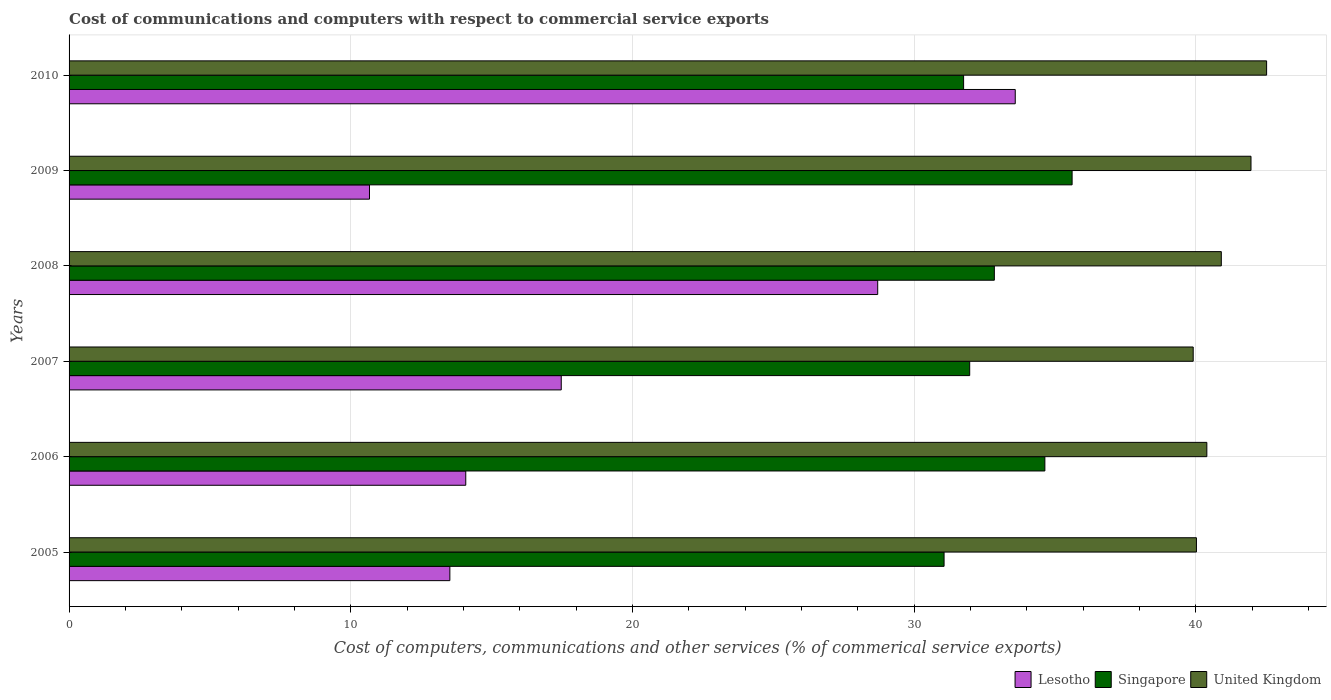
| Years | Lesotho | Singapore | United Kingdom |
 | --- | --- | --- | --- |
 | 2005 | 13.5 | 31.1 | 40 |
 | 2006 | 14.1 | 34.6 | 40.4 |
 | 2007 | 17.5 | 32 | 39.9 |
 | 2008 | 28.7 | 32.9 | 40.9 |
 | 2009 | 10.7 | 35.6 | 42 |
 | 2010 | 33.6 | 31.8 | 42.5 |